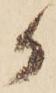
か